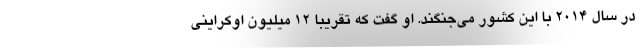
در سال ۲۰۱۴ با این کشور می‌جنگند. او گفت که تقریباً ۱۲ میلیون اوکراینی